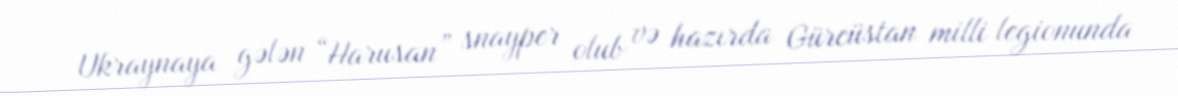
Ukraynaya gələn “Harusan” snayper olub və hazırda Gürcüstan milli legionunda